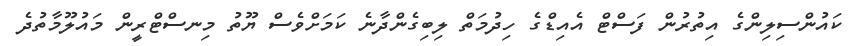
ކައުންސިލިންގެ އިތުރުން ފަސްޓް އެއިޑްގެ ހިދުމަތް ލިބިގެންދާނެ ކަމަށްވެސް ޔޫތު މިނސްޓްރީން މައުލޫމާތުދެ